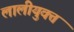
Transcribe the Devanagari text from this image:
लालीयुक्त